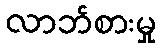
လာဘ်စားမှု